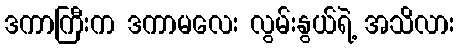
ဒကာကြီးက ဒကာမလေး လွမ်းနွယ်ရဲ့ အသိလား